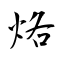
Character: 烙